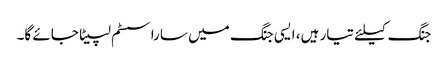
جنگ کیلئے تیار ہیں، ایسی جنگ میں سارا سسٹم لپیٹا جائے گا۔